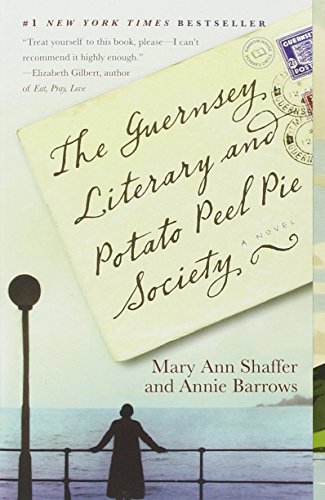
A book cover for The Guernsey Literary and Potato Peel Pie Society; Annie Barrows; Literature & Fiction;